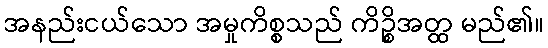
အနည်းငယ်သော အမှုကိစ္စသည် ကိဉ္စိအတ္ထ မည်၏။